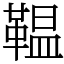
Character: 鞰